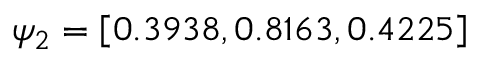
\psi _ { 2 } = \left[ 0 . 3 9 3 8 , 0 . 8 1 6 3 , 0 . 4 2 2 5 \right]